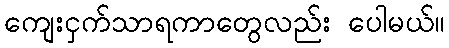
ကျေးငှက်သာရကာတွေလည်း ပေါမယ်။